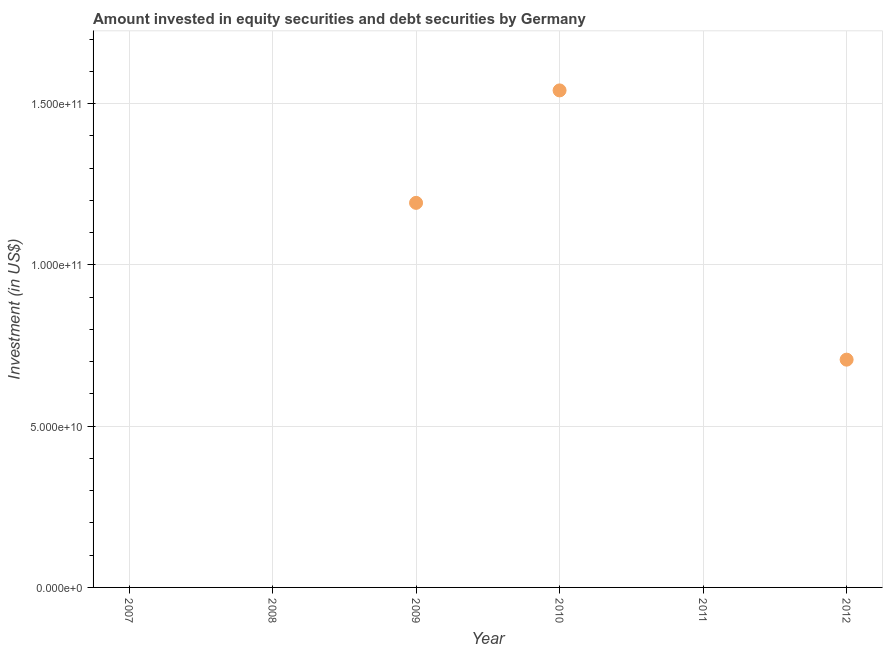
| Year | Portfolio Investment |
 | --- | --- |
 | 2007 | -2.15e+11 |
 | 2008 | -4.45e+10 |
 | 2009 | 1.19e+11 |
 | 2010 | 1.54e+11 |
 | 2011 | -5.14e+10 |
 | 2012 | 7.06e+10 |